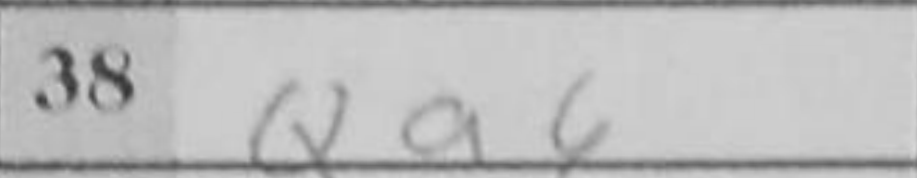
Transcription: Qa6